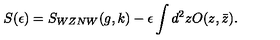
S ( \epsilon ) = S _ { W Z N W } ( g , k ) - \epsilon \int d ^ { 2 } z O ( z , \bar { z } ) .